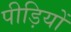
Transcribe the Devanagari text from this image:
पीड़ियों